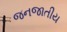
જનજાતીય